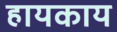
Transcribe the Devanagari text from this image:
हायकाय